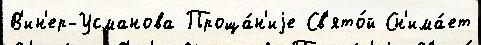
В'ин'ер-Усманова Проща́н'иjе Св'ято́й Сн'има́ет